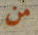
من